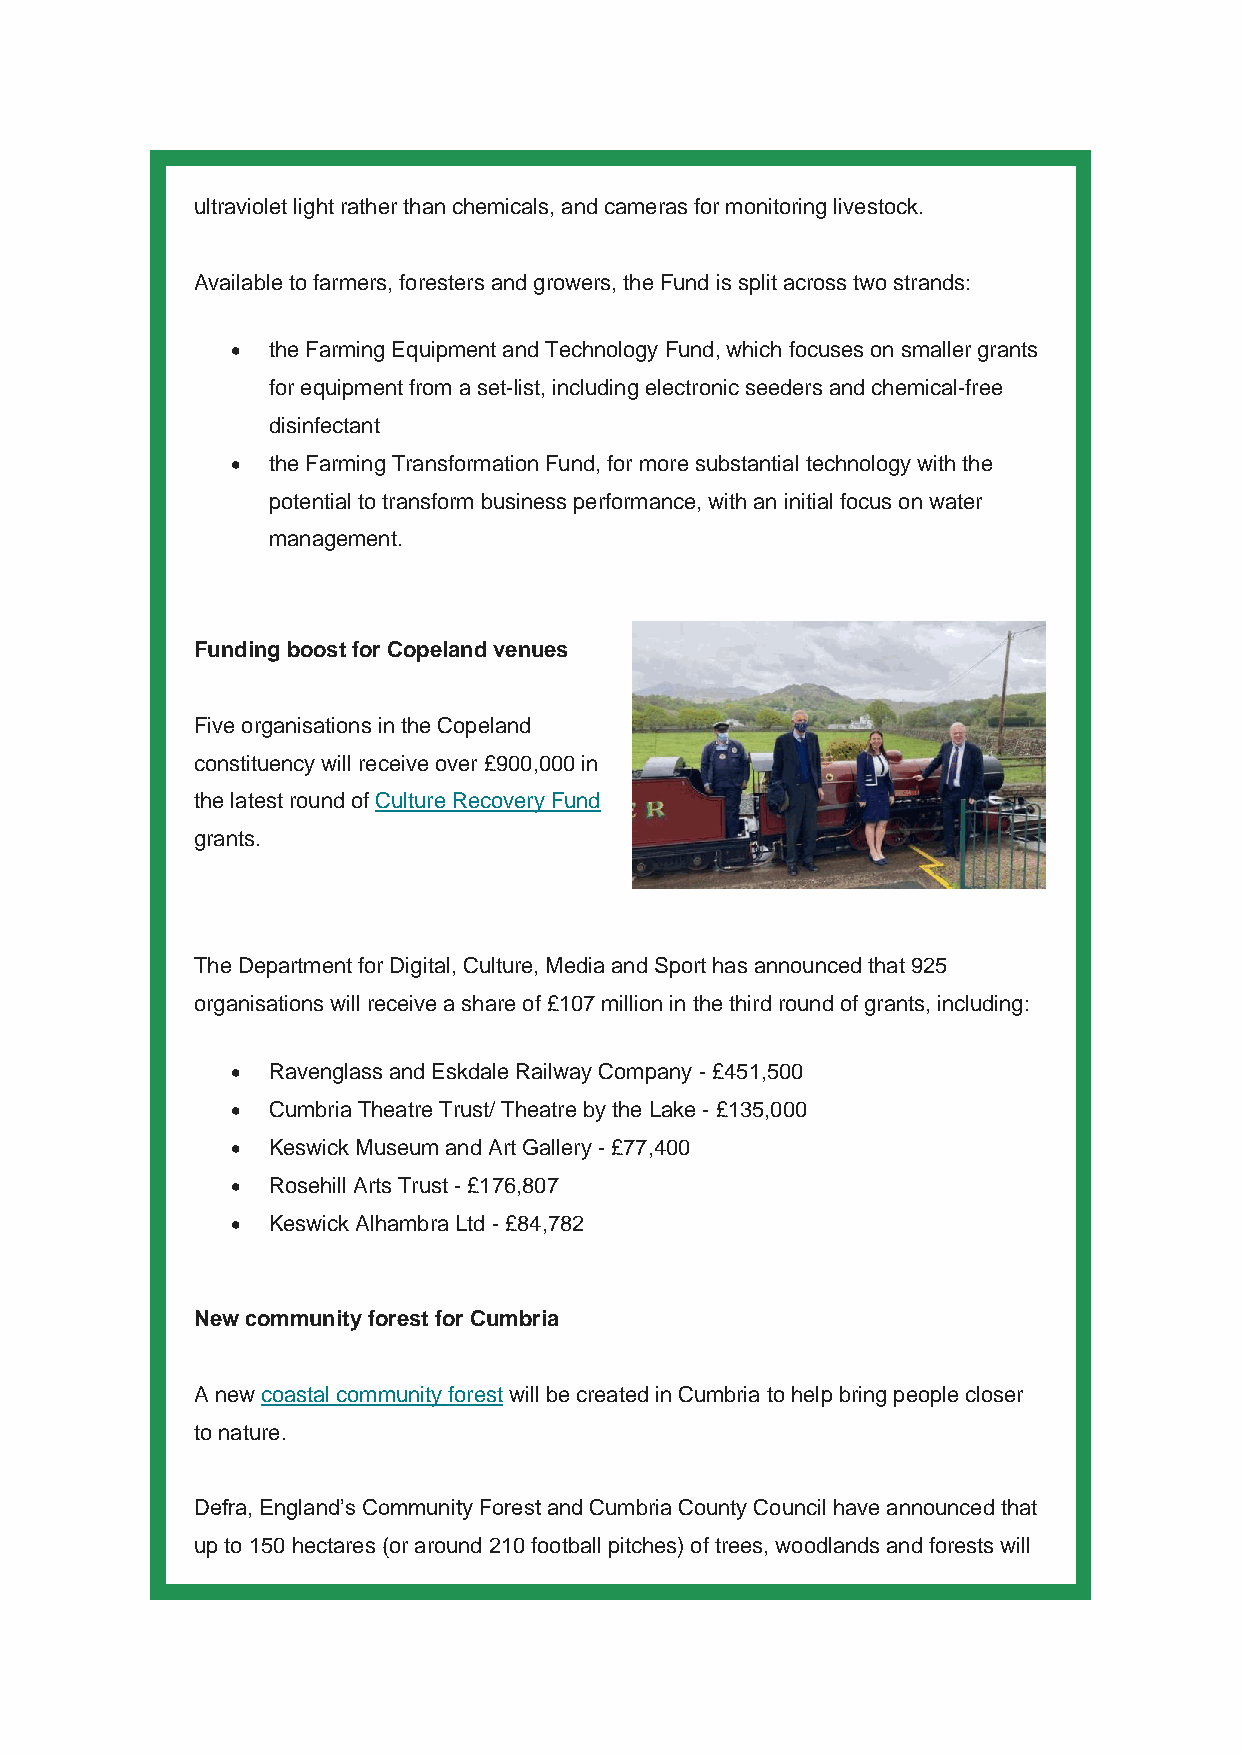
ultraviolet light rather than chemicals, and cameras for monitoring livestock.
 Available to farmers, foresters and growers, the Fund is split across two strands:
 •  the Farming Equipment and Technology Fund, which focuses on smaller grants
 for equipment from a set-list, including electronic seeders and chemical-free
 disinfectant
 •  the Farming Transformation Fund, for more substantial technology with the
 potential to transform business performance, with an initial focus on water
 management.
 Funding boost for Copeland venues
 Five organisations in the Copeland
 constituency will receive over £900,000 in
 the latest round of Culture Recovery Fund
 grants.
 The Department for Digital, Culture, Media and Sport has announced that 925
 organisations will receive a share of £107 million in the third round of grants, including:
 •  Ravenglass and Eskdale Railway Company - £451,500
 •  Cumbria Theatre Trust/ Theatre by the Lake - £135,000
 •  Keswick Museum and Art Gallery - £77,400
 •  Rosehill Arts Trust - £176,807
 •  Keswick Alhambra Ltd - £84,782
 New community forest for Cumbria
 A new coastal community forest will be created in Cumbria to help bring people closer
 to nature.
 Defra, England’s Community Forest and Cumbria County Council have announced that
 up to 150 hectares (or around 210 football pitches) of trees, woodlands and forests will